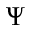
\Psi